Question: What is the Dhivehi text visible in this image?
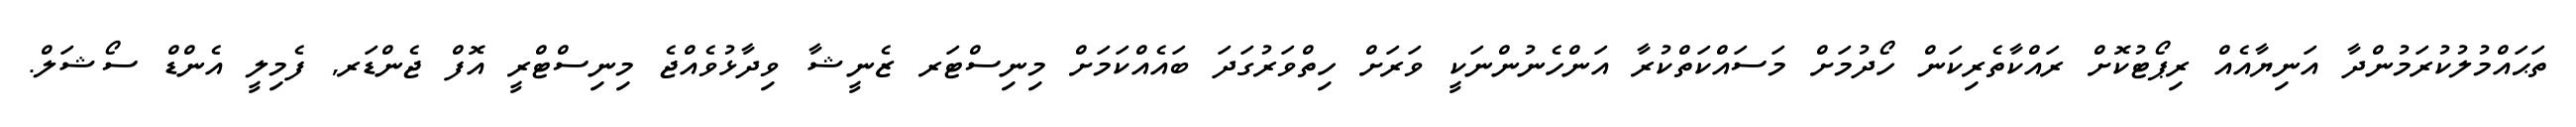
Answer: ތަޙައްމުލުކުރަމުންދާ އަނިޔާއެއް ރިޕޯޓުކޮށް ރައްކާތެރިކަން ހޯދުމަށް މަސައްކަތްކުރާ އަންހެނުންނަކީ ވަރަށް ހިތްވަރުގަދަ ބައެއްކަމަށް މިނިސްޓަރ ޒެނީޝާ ވިދާޅުވެއްޖެ މިނިސްޓްރީ އޮފް ޖެންޑަރ, ފެމިލީ އެންޑް ސޯޝަލް.